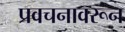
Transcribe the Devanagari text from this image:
प्रवचनावरून